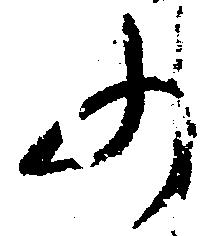
の